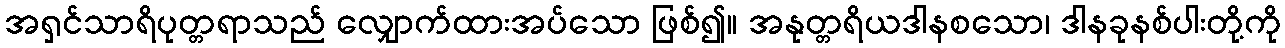
အရှင်သာရိပုတ္တရာသည် လျှောက်ထားအပ်သော ဖြစ်၍။ အနုတ္တရိယဒါနစသော၊ ဒါနခုနစ်ပါးတို့ကို